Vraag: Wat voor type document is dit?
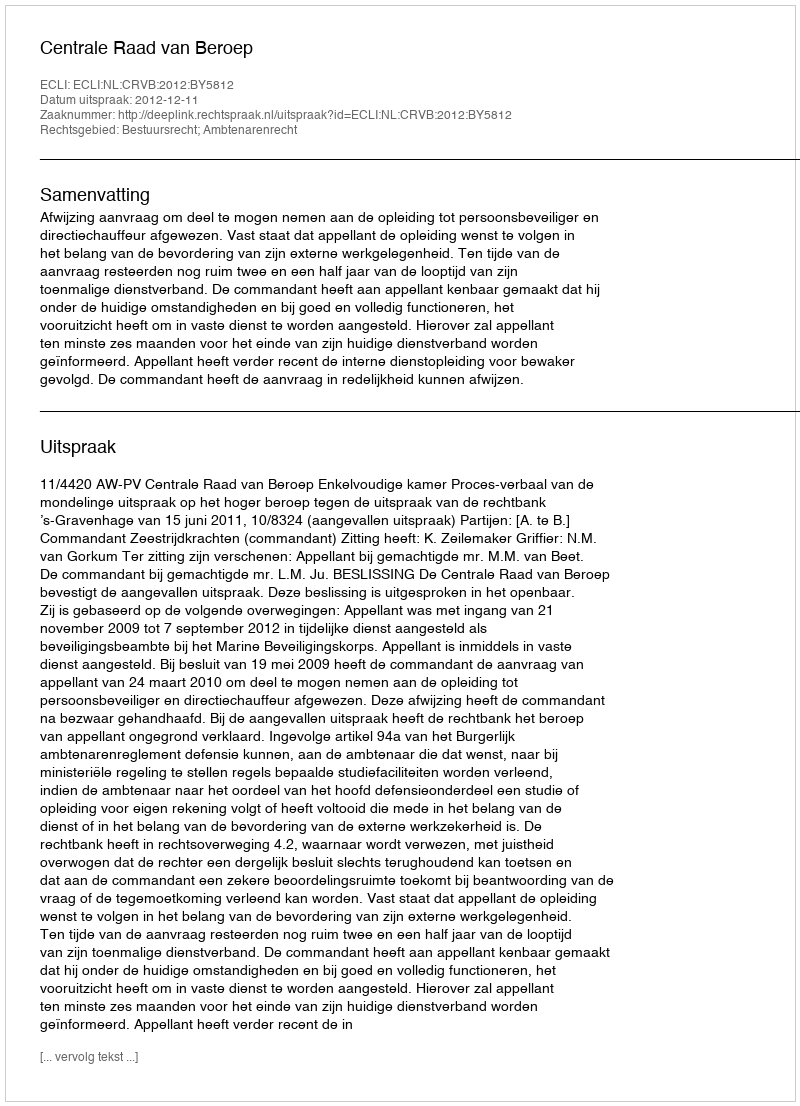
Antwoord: Uitspraak